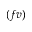
( f v )